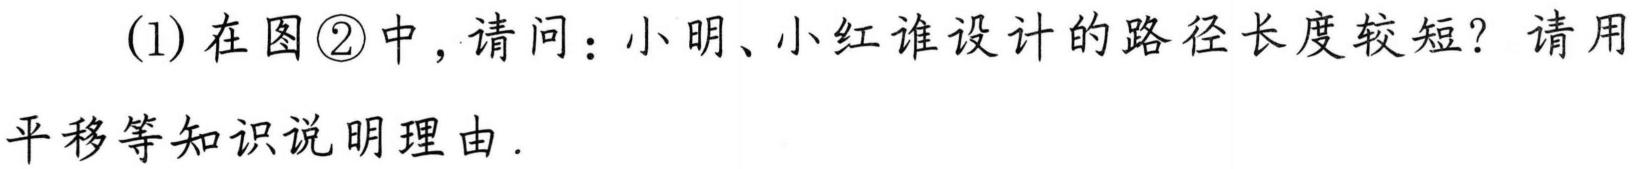
(1) 在图\textcircled{2}中，请问：小明、小红谁设计的路径长度较短？请用平移等知识说明理由.